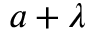
a + \lambda